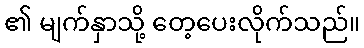
၏ မျက်နှာသို့ တေ့ပေးလိုက်သည်။